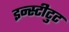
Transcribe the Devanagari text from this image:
इन्स्टीटुट